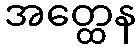
အတ္ထေန